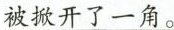
\underline{被掀开了一角。}